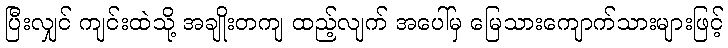
ပြီးလျှင် ကျင်းထဲသို့ အချိုးတကျ ထည့်လျက် အပေါ်မှ မြေသားကျောက်သားများဖြင့်